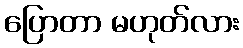
ပြောတာ မဟုတ်လား